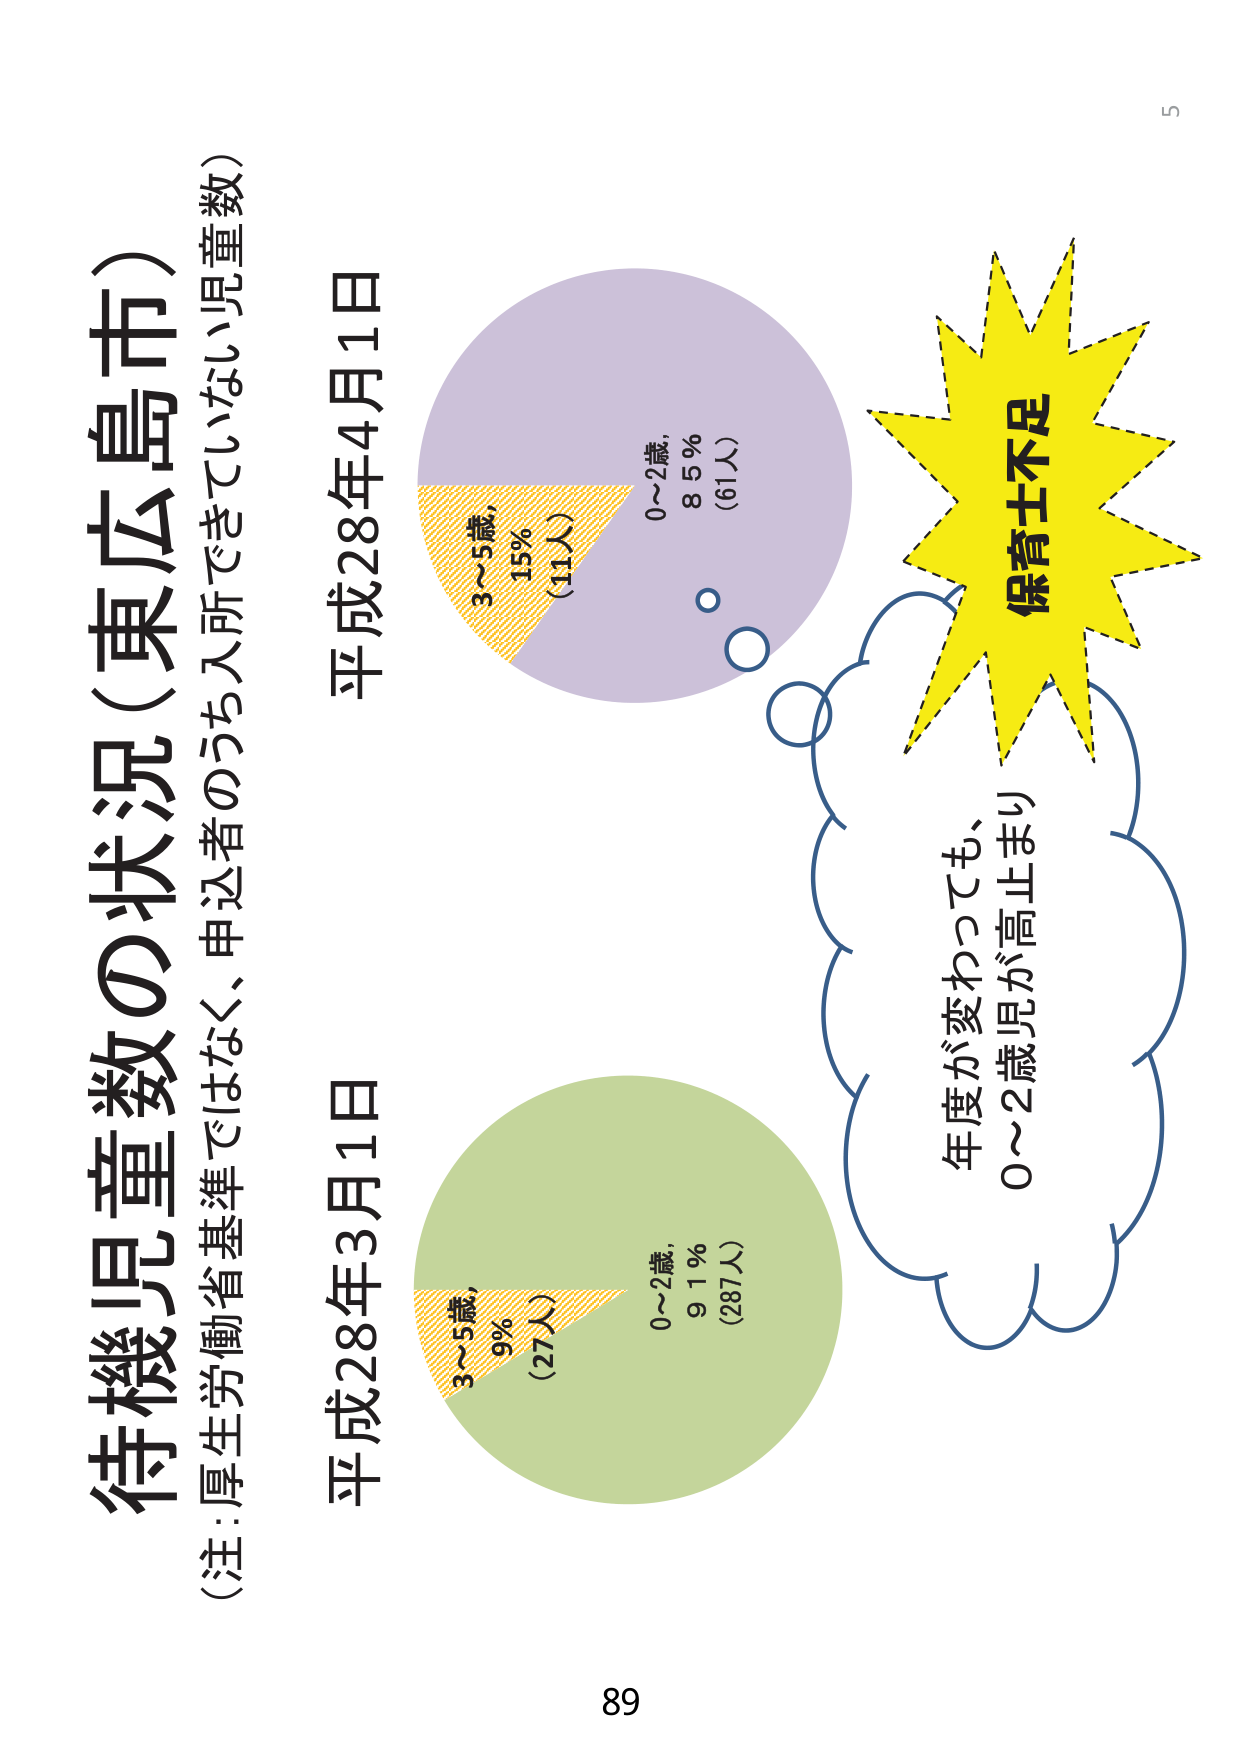
待機児童数の状況（東広島市）
（注：厚生労働省基準ではなく、申込者のうち入所できていない児童数）

平成28年3月1日
0～2歳，91％（287人）
3～5歳，9％（27人）

平成28年4月1日
0～2歳，85％（61人）
3～5歳，15％（11人）

保育士不足
年度が変わっても、
0～2歳児が高止まり

89
5